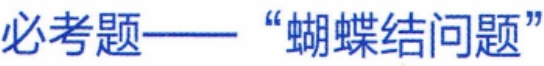
必考题——“蝴蝶结问题”